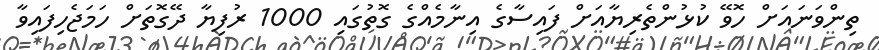
ތިންވަނައަށް ހޮވޭ ކުޅުންތެރިޔާއަށް ފައިސާގެ އިނާމެއްގެ ގޮތުގައި 1000 ރުފިޔާ ދޭގޮތަށް ހަމަޖެހިފައިވާ